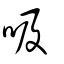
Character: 吸